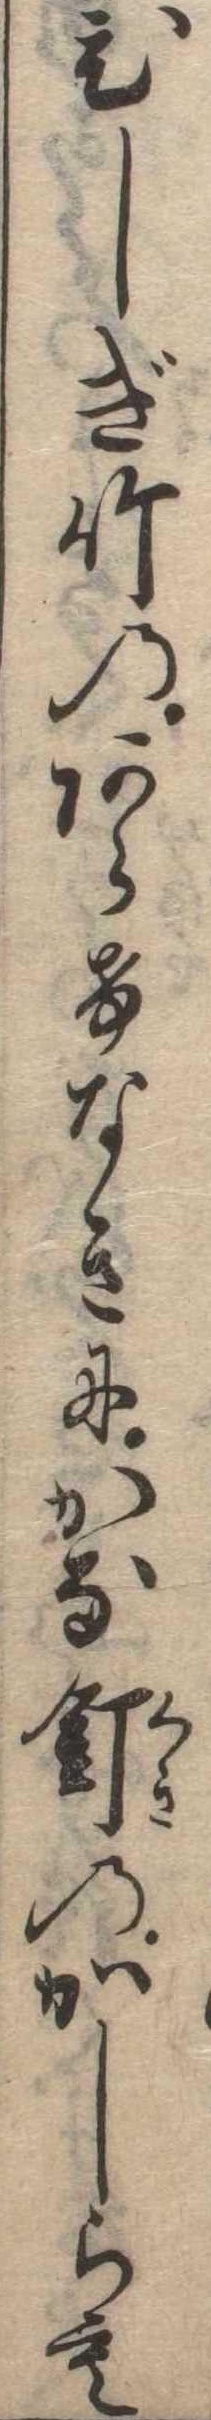
ひしぎ竹のあらけなきにかな釘のかしらも